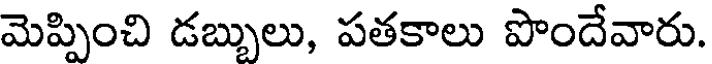
మెప్పించి డబ్బులు, పతకాలు పొందేవారు.